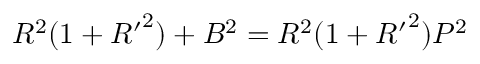
R ^ { 2 } ( 1 + { R ^ { \prime } } ^ { 2 } ) + B ^ { 2 } = R ^ { 2 } ( 1 + { R ^ { \prime } } ^ { 2 } ) P ^ { 2 }